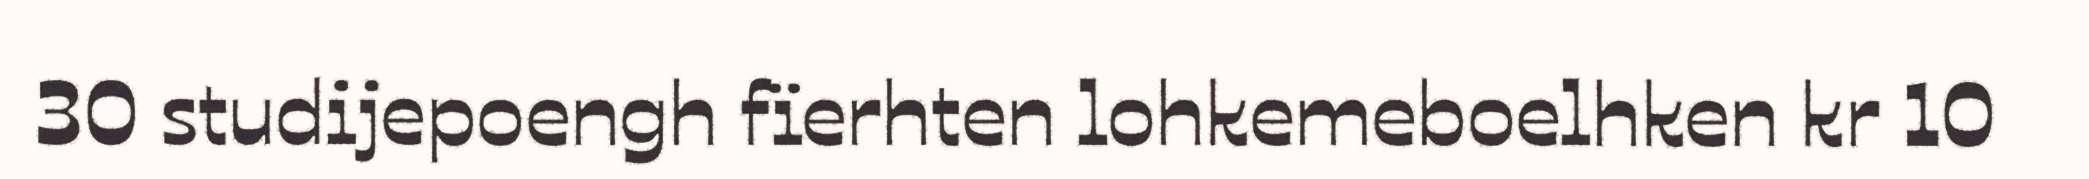
30 studijepoengh fïerhten lohkemeboelhken kr 10